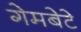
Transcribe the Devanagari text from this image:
गेमबेटे